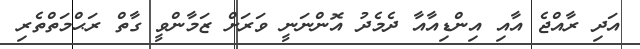
އަދި ރާއްޖެ އާއި އިންޑިއާއާ ދެމެދު އޮންނަނީ ވަރަށް ޒަމާންވީ ގާތް ރަޙްމަތްތެރި